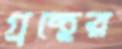
গ্রন্থের